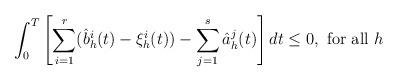
LaTeX: \begin{align*} \int_0^T\left[\sum_{i=1}^r (\hat{b}_h^i(t)-\xi_h^i(t))-\sum_{j=1}^s\hat{a}_h^j(t)\right]dt\leq0,~\mbox{for all }h\end{align*}